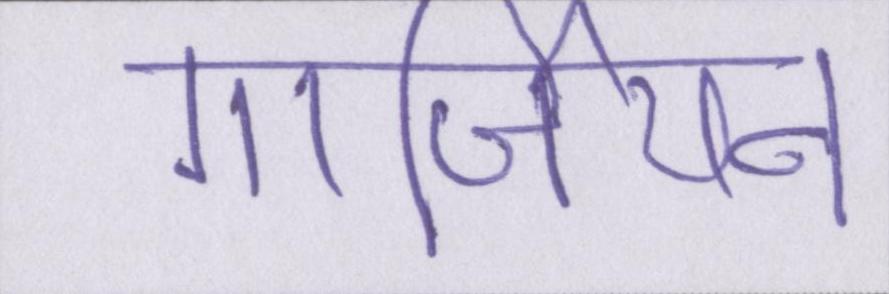
गार्जियन